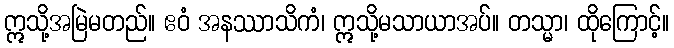
ဣသို့အမြဲမတည်။ ဧဝံ အနဿာသိကံ၊ ဣသို့မသာယာအပ်။ တသ္မာ၊ ထိုကြောင့်။